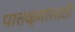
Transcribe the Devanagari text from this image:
पातळ्यांसाठी